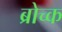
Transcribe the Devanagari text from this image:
ब्रोच्क